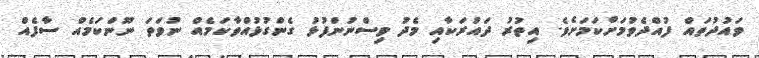
ވައުދުތައް ފުއްދެވުމަށްކަމަށެވެ. އިތުރު ދައުރަކާއި މެދު ވިސްނުންފުޅު ގެންގުޅުއްވާކަމެއް ނުވަތަ ނޫންކަމެއް ސާފެއް